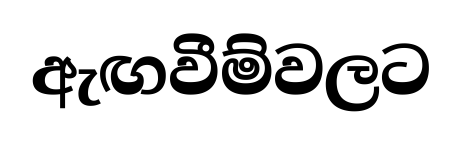
ඇඟවීම්වලට